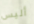
أليس